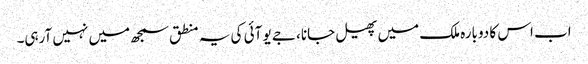
اب اس کا دوبارہ ملک میں پھیل جانا، جے یو آئی کی یہ منطق سمجھ میں نہیں آرہی۔